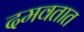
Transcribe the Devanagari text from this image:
दमवतात